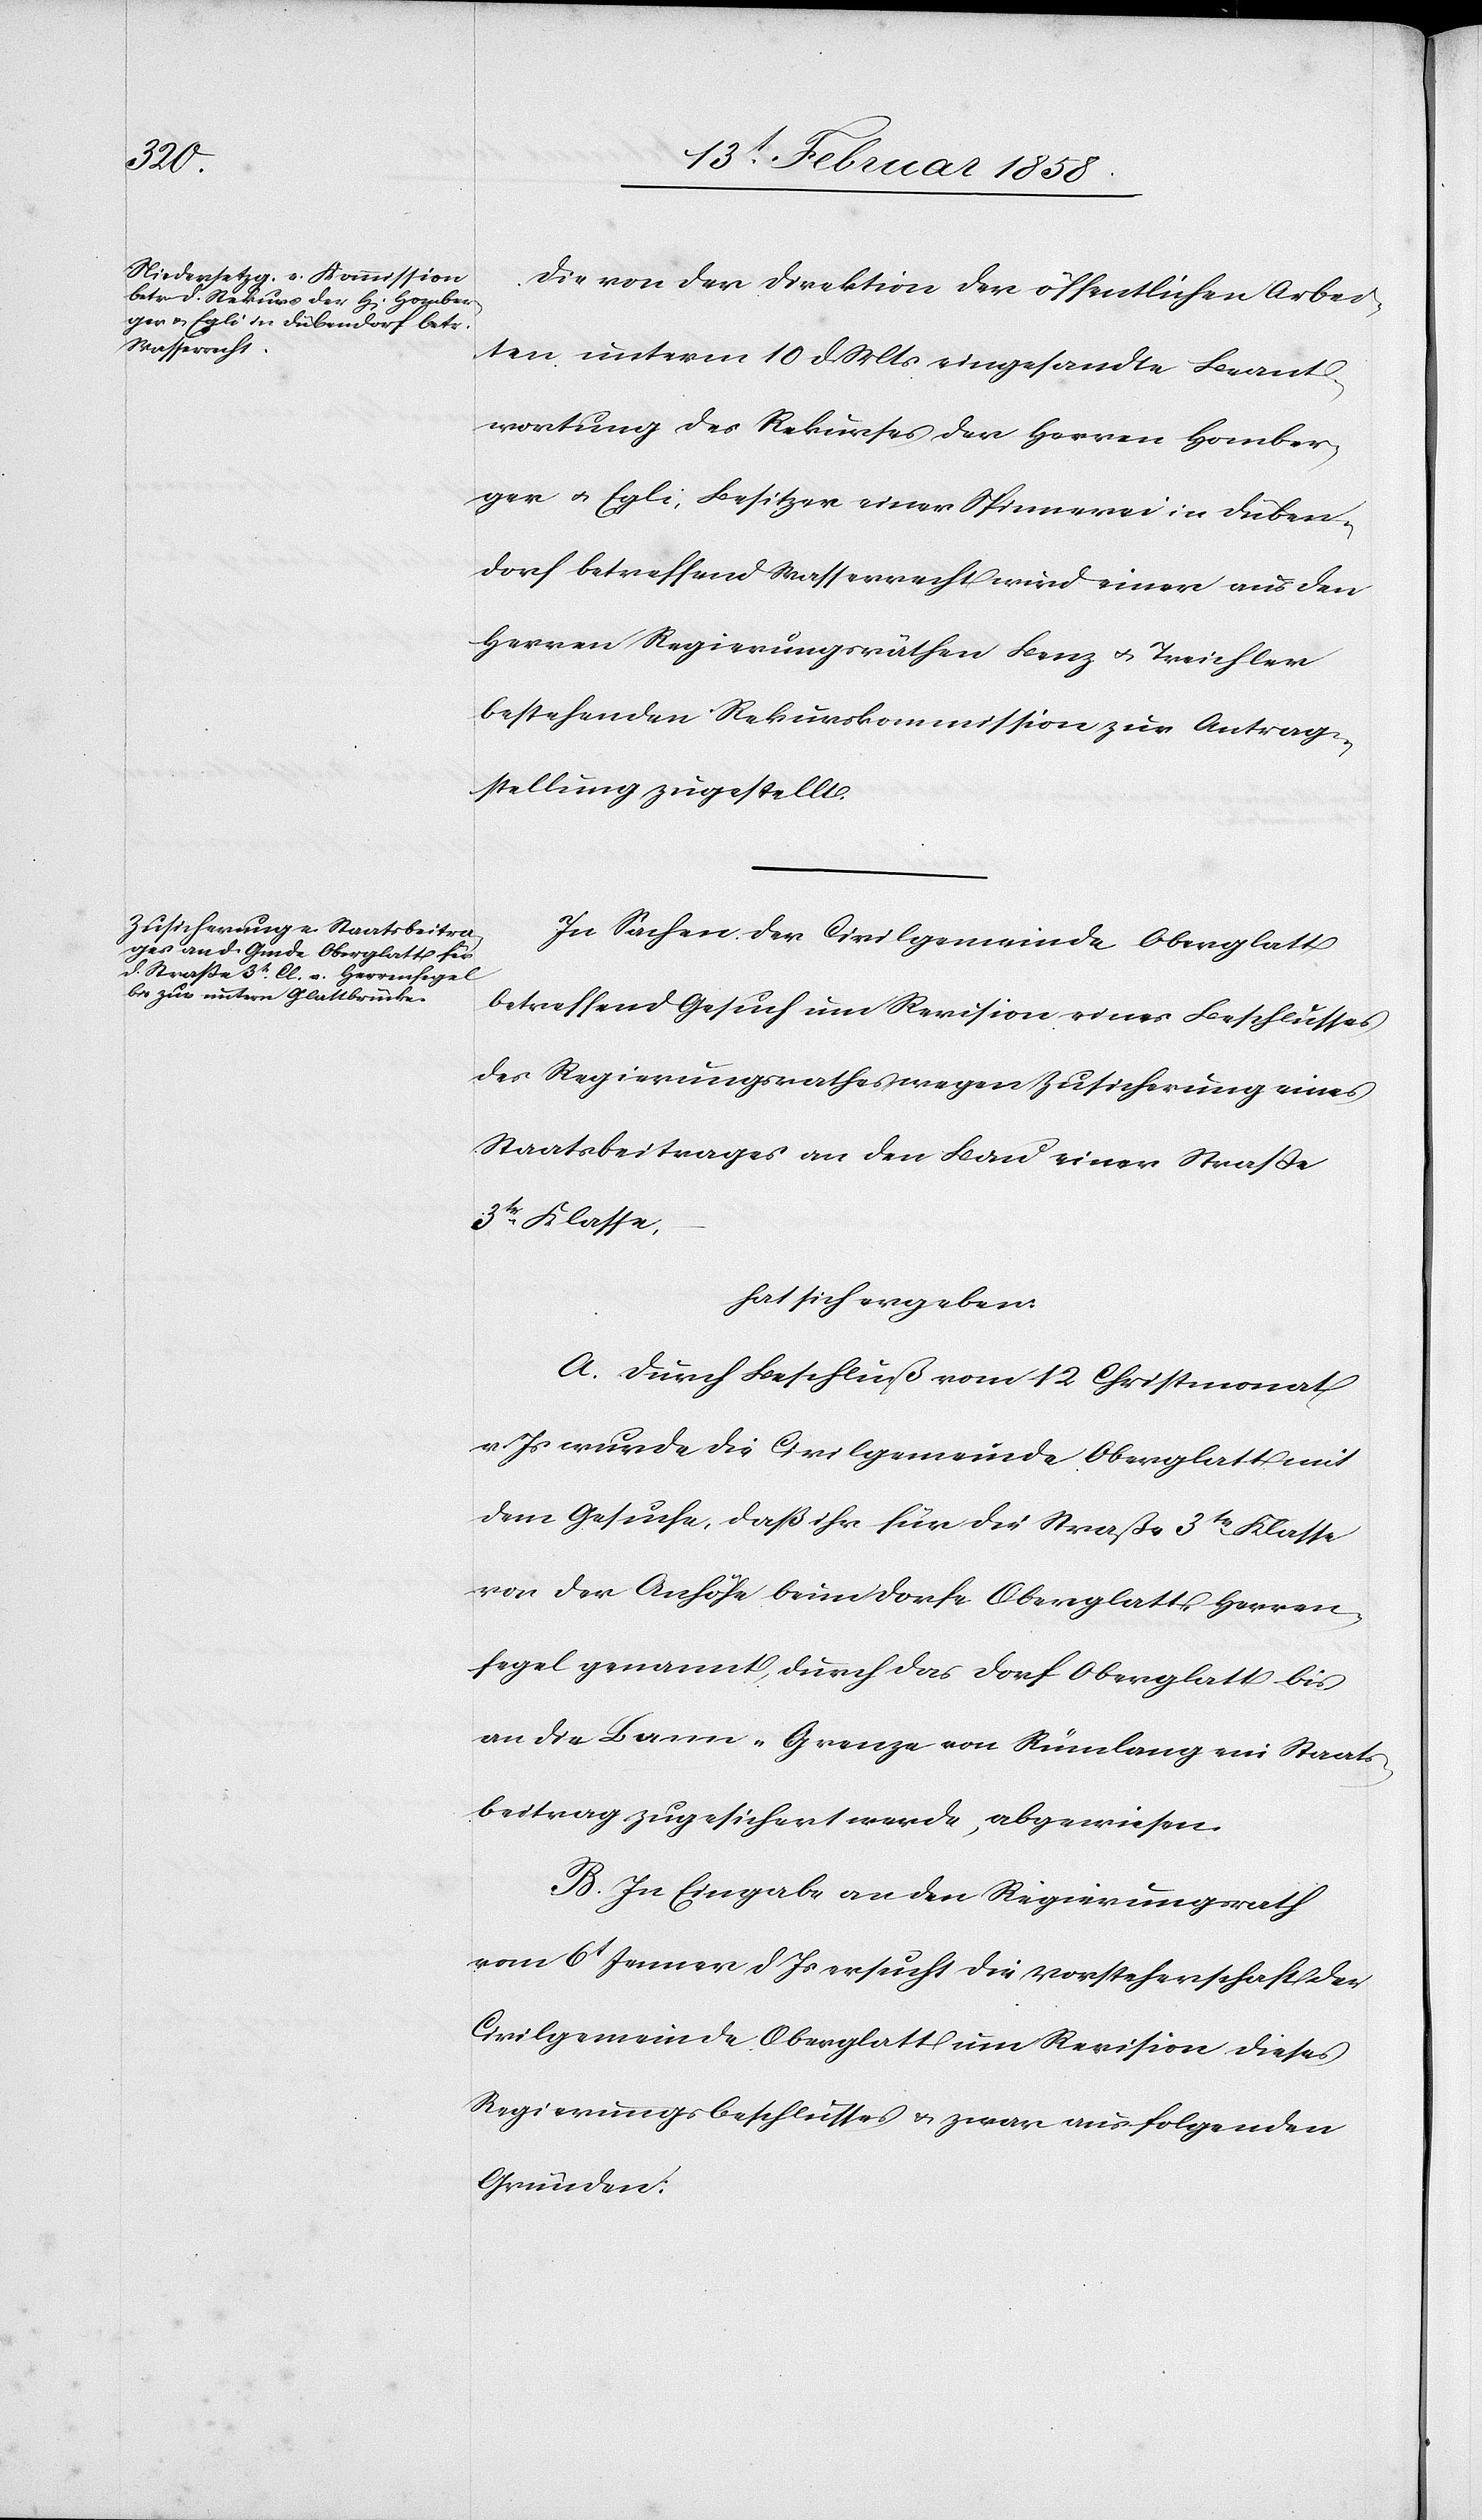
Die von der Direktion der öffentlichen Arbei¬
ten unterm 10 d. Mts. eingesandte Beant¬
wortung des Rekurses der Herren Homber¬
ger u. Egli, Besitzer einer Spinnerei in Düben¬
dorf betreffend Wasserrecht wird einer aus den
Herren Regierungsräthen Benz u. Treichler
bestehenden Rekurskommission zur Antrag¬
stellung zugestellt.
In Sachen der Civilgemeinde Oberglatt
betreffend Gesuch um Revision eines Beschlusses
des Regierungsrathes wegen Zusicherung eines
Staatsbeitrages an den Bau einer Straße
3tr Klasse,
hat sich ergeben:
A. Durch Beschluß vom 12 Christmonat
v. Js wurde die Civilgemeinde Oberglatt mit
dem Gesuche, daß ihr für die Straße 3tr Klasse
von der Anhöhe beim Dorfe Oberglatt, Herren¬
fegel genannt, durch das Dorf Oberglatt bis
an die Bann-Grenze von Rümlang ein Staats¬
beitrag zugesichert werde, abgewiesen.
B. In Eingabe an den Regierungsrath
vom 6t Jenner d Js ersucht die Vorsteherschaft der
Civilgemeinde Oberglatt um Revision dieses
Regierungsbeschlusses u. zwar aus folgenden
Gründen: